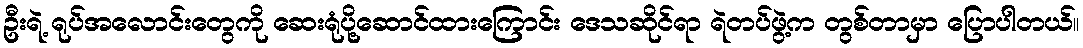
ဦးရဲ့ ရုပ်အလောင်းတွေကို ဆေးရုံပို့ဆောင်ထားကြောင်း ဒေသဆိုင်ရာ ရဲတပ်ဖွဲ့က တွစ်တာမှာ ပြောပါတယ်။